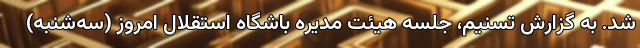
شد. به گزارش تسنیم، جلسه هیئت مدیره باشگاه استقلال امروز (سه‌شنبه)